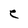
Character: C